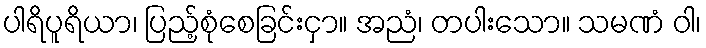
ပါရိပူရိယာ၊ ပြည့်စုံစေခြင်းငှာ။ အညံ၊ တပါးသော။ သမဏံ ဝါ၊